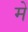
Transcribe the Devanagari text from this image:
में